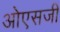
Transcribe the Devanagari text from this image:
ओएसजी